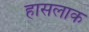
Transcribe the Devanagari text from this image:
हासलाक